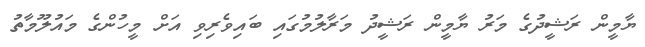
ޔާމީން ރަޝީދުގެ މަރު ޔާމީން ރަޝީދު މަރާލުމުގައި ބައިވެރިވި އަށް މީހުންގެ މައުލޫމާތު